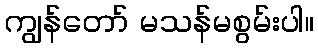
ကျွန်တော် မသန်မစွမ်းပါ။